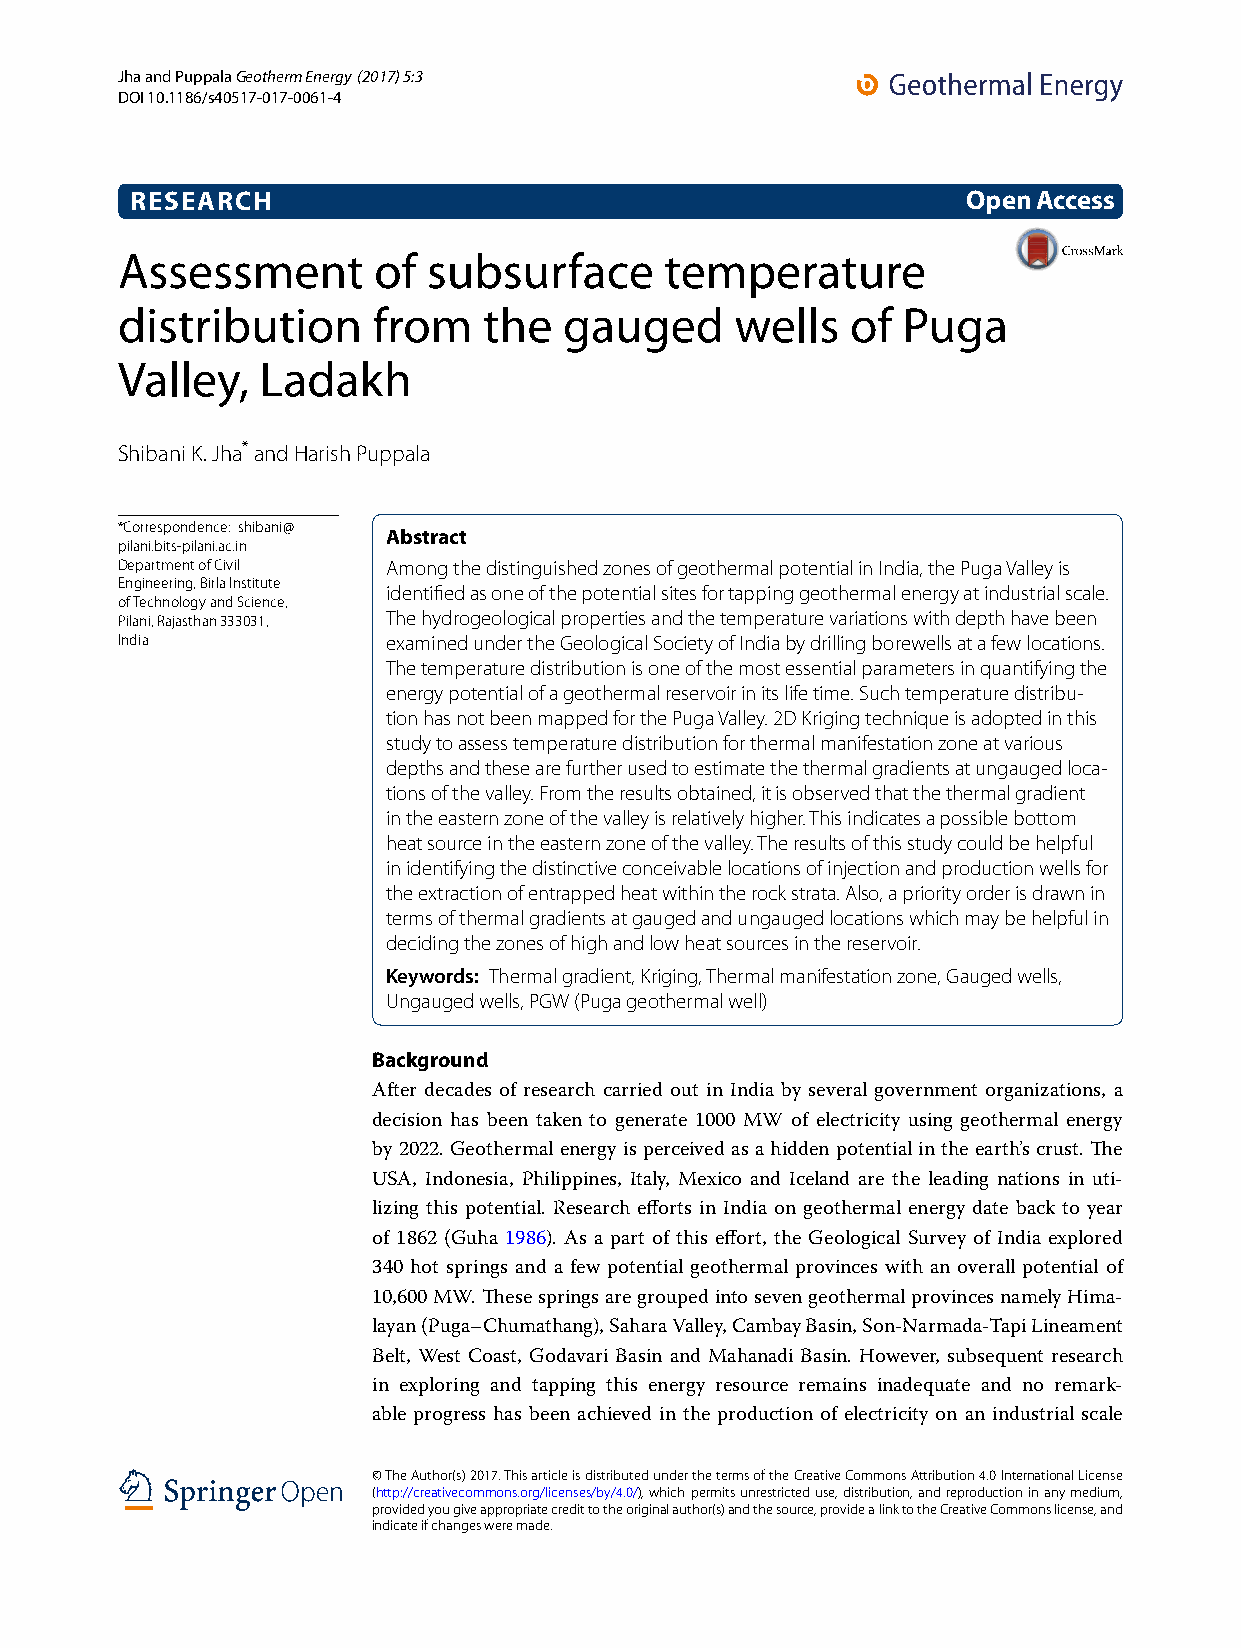
Jha and Puppala Geotherm Energy (2017) 5:3
 DOI 10.1186/s40517-017-0061-4
 RESEARCH                                               Open Access
 Assessment       of subsurface      temperature
 distribution     from   the  gauged      wells  of  Puga
 Valley,  Ladakh
 Shibani K. Jha* and Harish Puppala
 *Correspondence: shibani@
 Abstract
 pilani.bits‑pilani.ac.in
 Department of Civil Among the distinguished zones of geothermal potential in India, the Puga Valley is
 Engineering, Birla Institute
 identified as one of the potential sites for tapping geothermal energy at industrial scale.
 of Technology and Science,
 Pilani, Rajasthan 333031, The hydrogeological properties and the temperature variations with depth have been
 India             examined under the Geological Society of India by drilling borewells at a few locations.
 The temperature distribution is one of the most essential parameters in quantifying the
 energy potential of a geothermal reservoir in its life time. Such temperature distribu‑
 tion has not been mapped for the Puga Valley. 2D Kriging technique is adopted in this
 study to assess temperature distribution for thermal manifestation zone at various
 depths and these are further used to estimate the thermal gradients at ungauged loca‑
 tions of the valley. From the results obtained, it is observed that the thermal gradient
 in the eastern zone of the valley is relatively higher. This indicates a possible bottom
 heat source in the eastern zone of the valley. The results of this study could be helpful
 in identifying the distinctive conceivable locations of injection and production wells for
 the extraction of entrapped heat within the rock strata. Also, a priority order is drawn in
 terms of thermal gradients at gauged and ungauged locations which may be helpful in
 deciding the zones of high and low heat sources in the reservoir.
 Keywords: Thermal gradient, Kriging, Thermal manifestation zone, Gauged wells,
 Ungauged wells, PGW (Puga geothermal well)
 Background
 After decades of research carried out in India by several government organizations, a
 decision has been taken to generate 1000 MW of electricity using geothermal energy
 by 2022. Geothermal energy is perceived as a hidden potential in the earth’s crust. The
 USA, Indonesia, Philippines, Italy, Mexico and Iceland are the leading nations in uti-
 lizing this potential. Research efforts in India on geothermal energy date back to year
 of 1862 (Guha 1986). As a part of this effort, the Geological Survey of India explored
 340 hot springs and a few potential geothermal provinces with an overall potential of
 10,600 MW. These springs are grouped into seven geothermal provinces namely Hima-
 layan (Puga–Chumathang), Sahara Valley, Cambay Basin, Son-Narmada-Tapi Lineament
 Belt, West Coast, Godavari Basin and Mahanadi Basin. However, subsequent research
 in exploring and tapping this energy resource remains inadequate and no remark-
 able progress has been achieved in the production of electricity on an industrial scale
 © The Author(s) 2017. This article is distributed under the terms of the Creative Commons Attribution 4.0 International License
 (http://creativecommons.org/licenses/by/4.0/), which permits unrestricted use, distribution, and reproduction in any medium,
 provided you give appropriate credit to the original author(s) and the source, provide a link to the Creative Commons license, and
 indicate if changes were made.